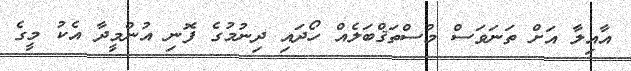
އާއިލާ އަށް ތަނަވަސް މުސްތަޤްބަލެއް ހޯދައި ދިނުމުގެ ފޮނި އުންމީދާ އެކު މީގެ